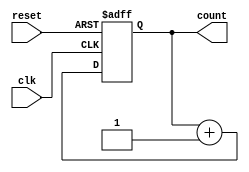
module counter_with_async_reset (
    input wire clk,         // Clock input
    input wire reset,       // Asynchronous reset (active high)
    output reg [7:0] count  // 8-bit output count
);

// Asynchronous reset behavior
always @(posedge clk or posedge reset) begin
    if (reset) begin
        // Reset condition: set count to zero
        count <= 8'b00000000;
    end else begin
        // Increment count on the rising edge of the clock
        count <= count + 1'b1;
    end
end

endmodule